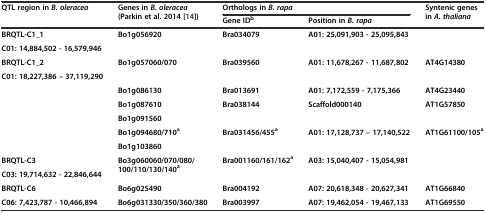
<table><thead><tr><td rowspan="2"><b>QTL region in<i>B. oleracea</i></b></td><td rowspan="2"><b>Genes in<i>B. oleracea</i>(Parkin et al. 2014 [14])</b></td><td colspan="2"><b>Orthologs in<i>B. rapa</i></b></td><td rowspan="2"><b>Syntenic genes in<i>A. thaliana</i></b></td></tr><tr><td><b>Gene ID<sup>b</sup></b></td><td><b>Position in<i>B. rapa</i></b></td></tr></thead><tbody><tr><td><b>BRQTL-C1_1</b></td><td rowspan="2"><b>Bo1g056920</b></td><td rowspan="2"><b>Bra034079</b></td><td rowspan="2"><b>A01: 25,091,903 - 25,095,843</b></td><td rowspan="2"></td></tr><tr><td><b>C01: 14,884,502 - 16,579,946</b></td></tr><tr><td><b>BRQTL-C1_2</b></td><td rowspan="2"><b>Bo1g057060/070</b></td><td rowspan="2"><b>Bra039560</b></td><td rowspan="2"><b>A01: 11,678,267 - 11,687,802</b></td><td rowspan="2"><b>AT4G14380</b></td></tr><tr><td><b>C01: 18,227,386 – 37,119,290</b></td></tr><tr><td></td><td><b>Bo1g086130</b></td><td><b>Bra013691</b></td><td><b>A01: 7,172,559 - 7,175,366</b></td><td><b>AT4G23440</b></td></tr><tr><td></td><td><b>Bo1g087610</b></td><td><b>Bra038144</b></td><td><b>Scaffold000140</b></td><td><b>AT1G57850</b></td></tr><tr><td></td><td><b>Bo1g091560</b></td><td></td><td></td><td></td></tr><tr><td></td><td><b>Bo1g094680/710</b><sup><b>a</b></sup></td><td><b>Bra031456/455</b><sup><b>a</b></sup></td><td><b>A01: 17,128,737 – 17,140,522</b></td><td><b>AT1G61100/105</b><sup><b>a</b></sup></td></tr><tr><td></td><td><b>Bo1g103860</b></td><td></td><td></td><td></td></tr><tr><td><b>BRQTL-C3</b></td><td rowspan="2"><b>Bo3g060060/070/080/100/110/130/140</b><sup><b>a</b></sup></td><td rowspan="2"><b>Bra001160/161/162</b><sup><b>a</b></sup></td><td rowspan="2"><b>A03: 15,040,407 - 15,054,981</b></td><td rowspan="2"></td></tr><tr><td><b>C03: 19,714,632 - 22,846,644</b></td></tr><tr><td><b>BRQTL-C6</b></td><td><b>Bo6g025490</b></td><td><b>Bra004192</b></td><td><b>A07: 20,618,348 - 20,627,341</b></td><td><b>AT1G66840</b></td></tr><tr><td><b>C06: 7,423,787 - 10,466,894</b></td><td><b>Bo6g031330/350/360/380</b></td><td><b>Bra003997</b></td><td><b>A07: 19,462,054 - 19,467,133</b></td><td><b>AT1G69550</b></td></tr></tbody></table>